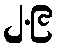
၂.၉